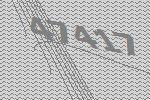
47417